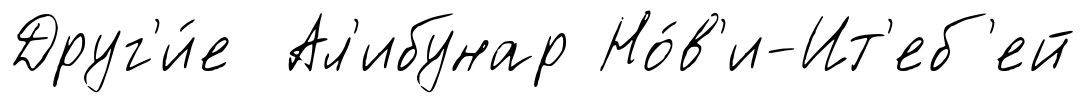
Друг'и́е Ал'ибунар Но́в'и-Ит'еб'ей